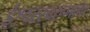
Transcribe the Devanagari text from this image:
ईश्वरस्वरूपाचा